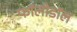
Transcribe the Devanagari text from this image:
फॉलीडॉल